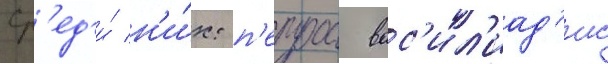
Ср'ед'и́ н'и́х: п'етрос вас'ил'иад'ис